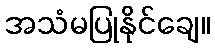
အသံမပြုနိုင်ချေ။